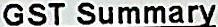
GST SUMMARY